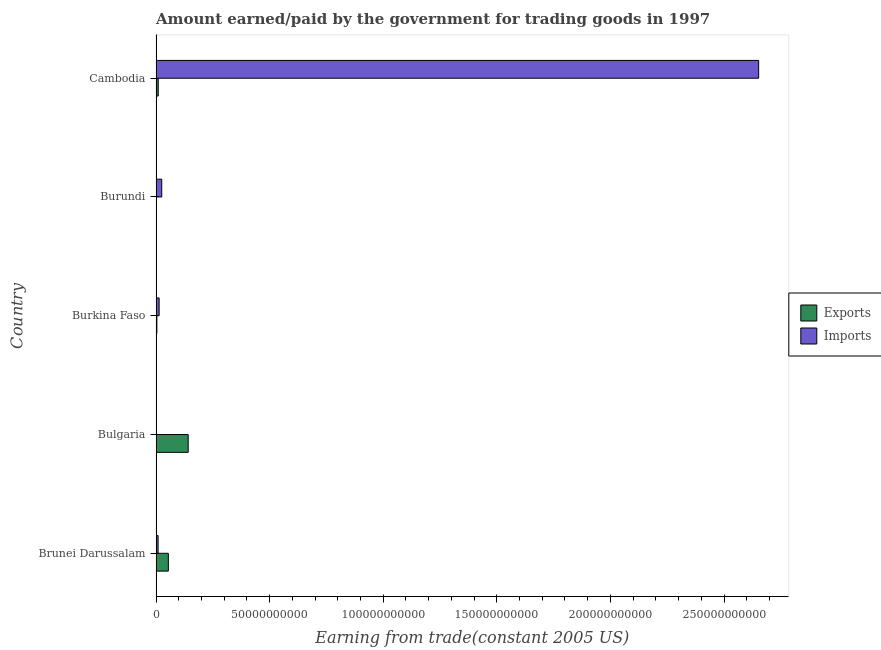
| Country | Exports | Imports |
 | --- | --- | --- |
 | Brunei Darussalam | 5.42e+09 | 9.15e+08 |
 | Bulgaria | 1.42e+10 | 6.62e+07 |
 | Burkina Faso | 3.68e+08 | 1.36e+09 |
 | Burundi | 5.54e+07 | 2.52e+09 |
 | Cambodia | 9.76e+08 | 2.65e+11 |